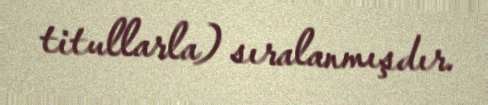
titullarla) sıralanmışdır.